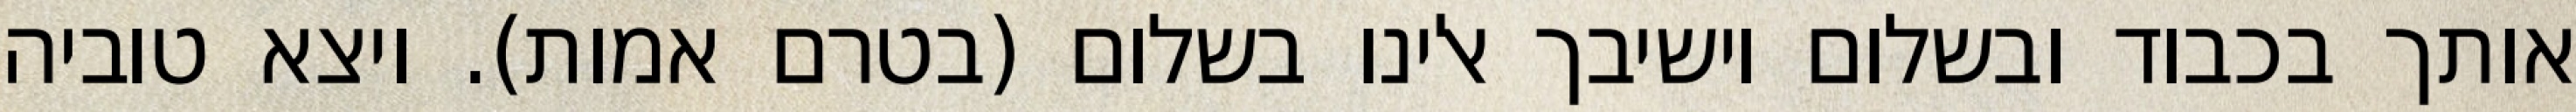
אותך בכבוד ובשלום וישיבך אלינו בשלום (בטרם אמות). ויצא טוביה